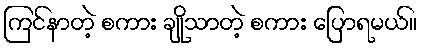
ကြင်နာတဲ့ စကား ချိုသာတဲ့ စကား ပြောရမယ်။